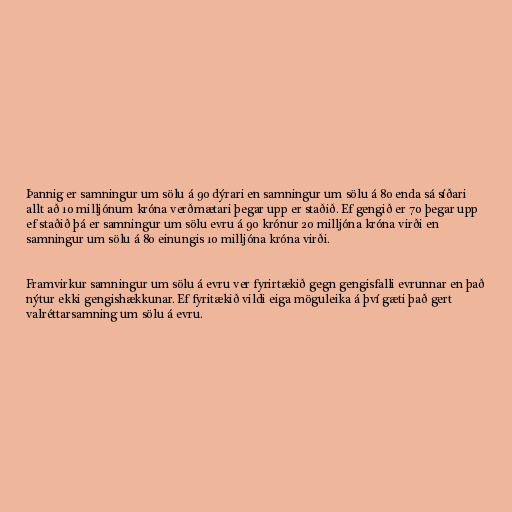
Þannig er samningur um sölu á 90 dýrari en samningur um sölu á 80 enda sá síðari
allt að 10 milljónum króna verðmætari þegar upp er staðið. Ef gengið er 70 þegar upp
ef staðið þá er samningur um sölu evru á 90 krónur 20 milljóna króna virði en
samningur um sölu á 80 einungis 10 milljóna króna virði.

Framvirkur samningur um sölu á evru ver fyrirtækið gegn gengisfalli evrunnar en það
nýtur ekki gengishækkunar. Ef fyritækið vildi eiga möguleika á því gæti það gert
valréttarsamning um sölu á evru.